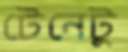
টেনেটু